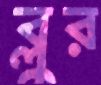
ব্লুর